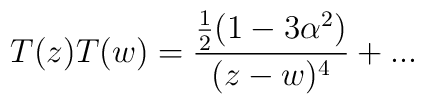
T(z)T(w) = \frac{\frac{1}{2} (1-3\alpha ^{2})}{(z-w)^{4}} +...